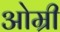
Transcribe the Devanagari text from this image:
ओम्री